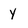
Character: y